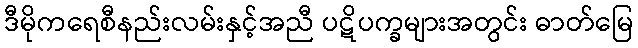
ဒီမိုကရေစီနည်းလမ်းနှင့်အညီ ပဋိပက္ခများအတွင်း ဓာတ်မြေ